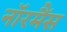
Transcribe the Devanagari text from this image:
नॉरमैंस